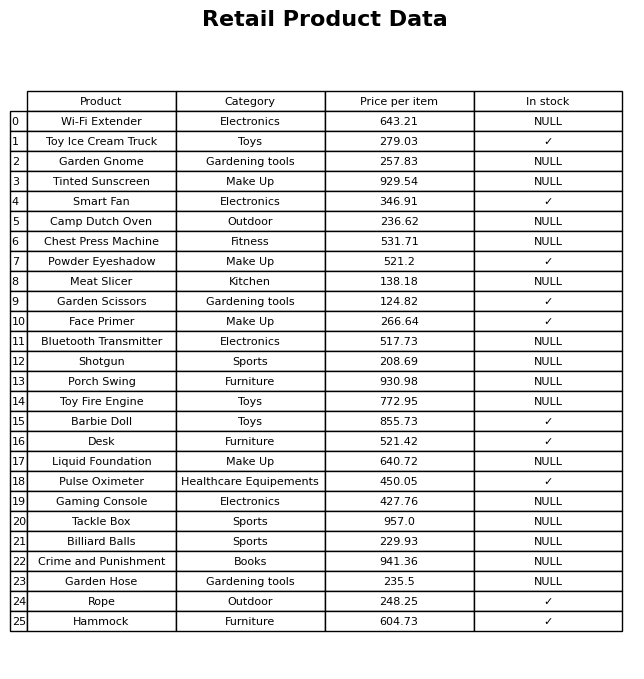
question: What is the price of the Gaming Console?
answer: The price of Gaming Console is 427.76.